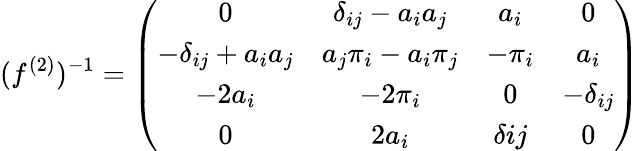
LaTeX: (f^{(2)})^{-1}=\left(\begin{array}{cccc}{{0}}&{{\delta_{ij}-a_{i}a_{j}}}&{{a_{i}}}&{{0}}\\ {{-\delta_{ij}+a_{i}a_{j}}}&{{a_{j}\pi_{i}-a_{i}\pi_{j}}}&{{-\pi_{i}}}&{{a_{i}}}\\ {{-2a_{i}}}&{{-2\pi_{i}}}&{{0}}&{{-\delta_{ij}}}\\ {{0}}&{{2a_{i}}}&{{\delta{ij}}}&{{0}}\end{array}\right)